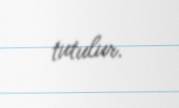
tutulur.